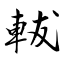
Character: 軷